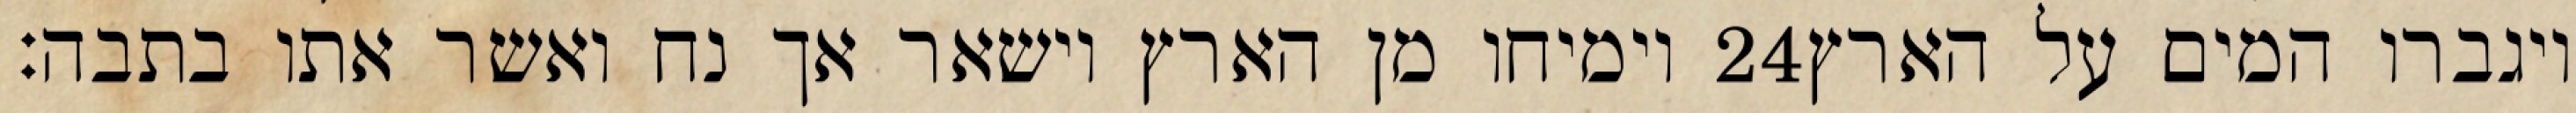
וימיחו מן הארץ וישאר אך נח ואשר אתו בתבה׃ ‎24‏ ויגברו המים על הארץ